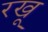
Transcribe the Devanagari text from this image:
रखू